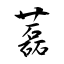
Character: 藞